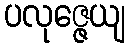
ပလုဇ္ဇေယျ